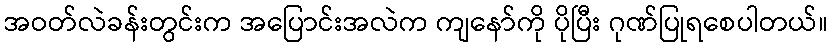
အဝတ်လဲခန်းတွင်းက အပြောင်းအလဲက ကျနော်ကို ပိုပြီး ဂုဏ်ပြုရစေပါတယ်။